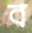
ব